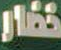
خضار